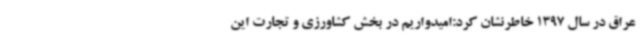
عراق در سال 1397 خاطرنشان کرد:امیدواریم در بخش کشاورزی و تجارت این